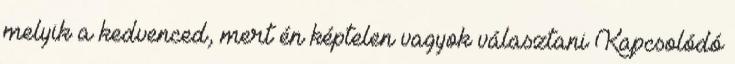
melyik a kedvenced, mert én képtelen vagyok választani Kapcsolódó